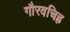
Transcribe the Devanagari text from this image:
गौरवचिह्र